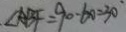
\angle A B F = 9 0 - 6 0 = 3 0 ^ { \circ }